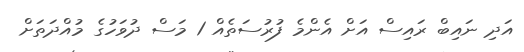
އަދި ނައިބް ރައިސް އަށް އެންމެ ފުރުސަތެއް 1 މަސް ދުވަހުގެ މުއްދަތަށް